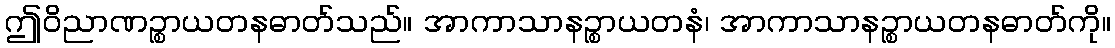
ဤဝိညာဏဉ္စာယတနဓာတ်သည်။ အာကာသာနဉ္စာယတနံ၊ အာကာသာနဉ္စာယတနဓာတ်ကို။